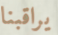
يراقبنا